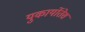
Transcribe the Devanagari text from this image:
युकार्योतेस